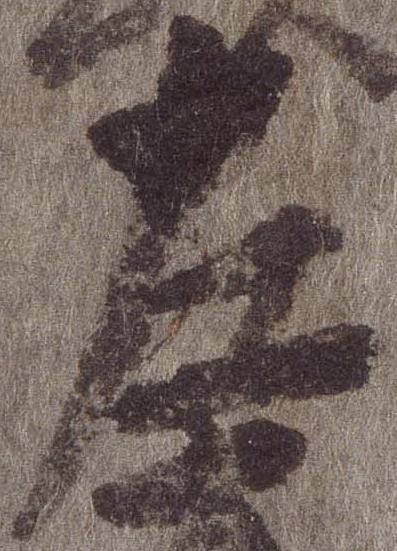
左